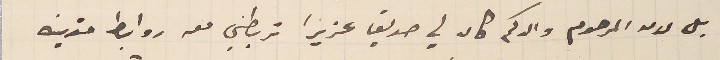
بل لامر المرحوم والدكم كان لي صديق عزيزا تربطني معه روابط متينه